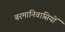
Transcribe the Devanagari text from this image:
बरमानिवासियों